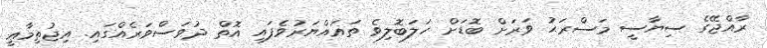
ރާއްޖޭގެ ސިޔާސީ މަސްރަޙު ވަރަށް ބޮޑަށް ހަލަބޮލިވެ ތަޣައްޔަރުވެފައި އޮތް ދުވަސްވަރެއްގައި. އިޖުތިމާޢީ